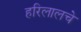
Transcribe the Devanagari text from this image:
हरिलालचे